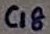
Text: C18